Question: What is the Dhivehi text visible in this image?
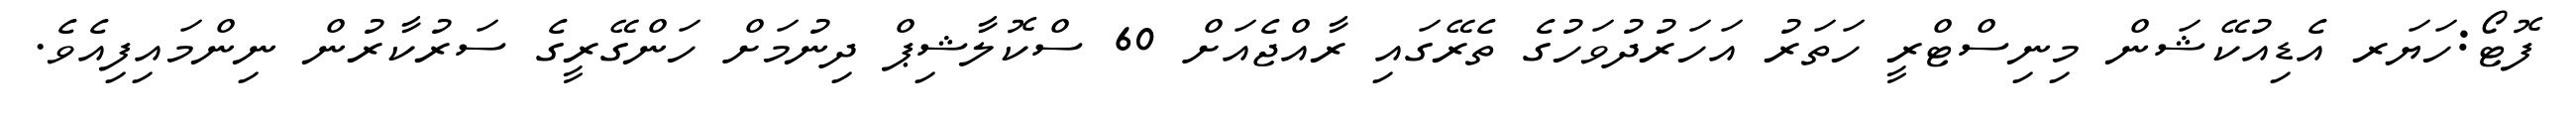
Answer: ފޮޓޯ:ހަޔަރ އެޑިއުކޭޝަން މިނިސްޓްރީ ހަތަރު އަހަރުދުވަހުގެ ތެރޭގައި ރާއްޖެއަށް 60 ސްކޮލާޝިޕް ދިނުމަށް ހަންގޭރީގެ ސަރުކާރުން ނިންމައިފިއެވެ.